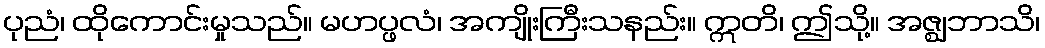
ပုညံ၊ ထိုကောင်းမှုသည်။ မဟပ္ဖလံ၊ အကျိုးကြီးသနည်း။ ဣတိ၊ ဤသို့။ အဇ္ဈဘာသိ၊